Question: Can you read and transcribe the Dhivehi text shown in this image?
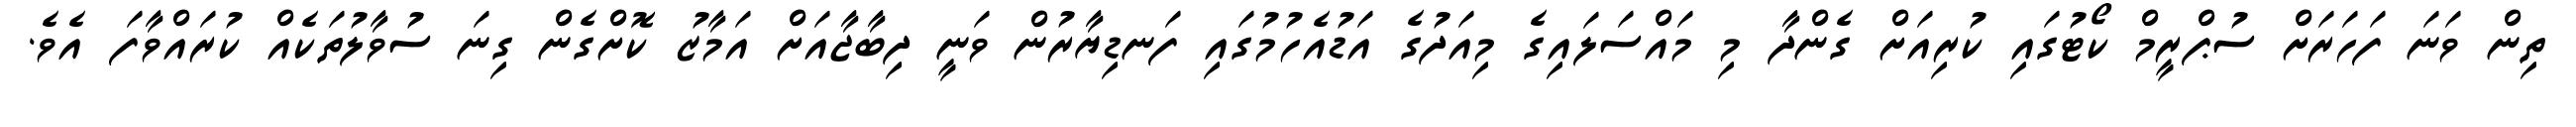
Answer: ތިން ވަނަ ފަހަރަށް ސުޕްރީމް ކޯޓުގައި ކުރިއަށް ގެންދާ މި މައްސަލައިގެ މިއަދުގެ އަޑުއެހުމުގައި ފަނޑިޔާރުން ވަނީ ދިބާޖާއަށް އަމާޒު ކޮށްގެން ގިނަ ސުވާލުތަކެއް ކުރައްވާފަ އެވެ.